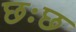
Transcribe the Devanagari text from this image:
छःछ